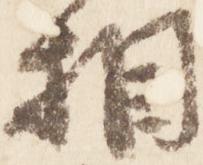
相